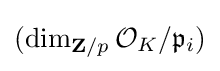
(\dim _{\mathbf {Z} /p}{\mathcal {O}}_{K}/{\mathfrak {p}}_{i})